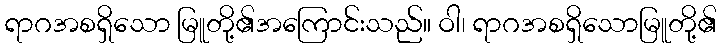
ရာဂအစရှိသော မြူတို့၏အကြောင်းသည်။ ဝါ၊ ရာဂအစရှိသောမြူတို့၏